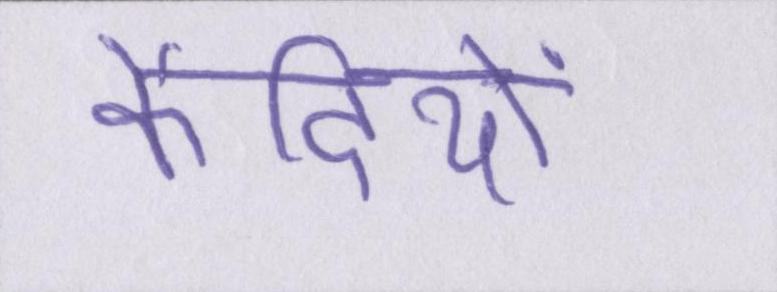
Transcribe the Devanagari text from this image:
कैदियों